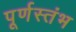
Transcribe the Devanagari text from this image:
पूर्णस्तंभ